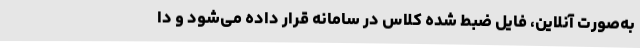
به‌صورت آنلاین، فایل ضبط شده کلاس در سامانه قرار داده می‌شود و دا